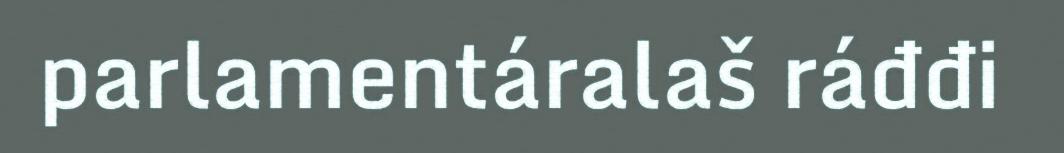
parlamentáralaš ráđđi